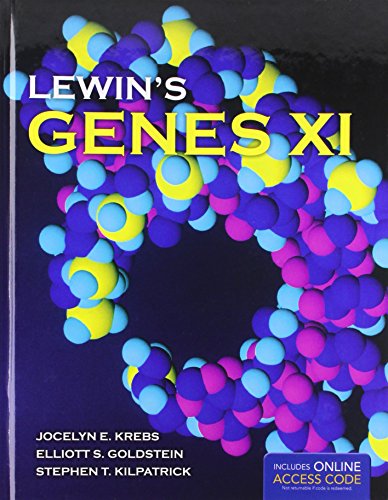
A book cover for Lewin's GENES XI; Jocelyn E. Krebs; Science & Math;